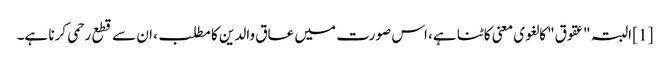
[1] البتہ "عقوق" کا لغوی معنی کاٹنا ہے، اس صورت میں عاق والدین کا مطلب، ان سے قطع رحمی کرنا ہے۔